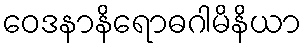
ဝေဒနာနိရောဓဂါမိနိယာ